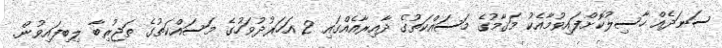
ސަނަދެއް ހާސިލުކޮށްފައިވުމާއެކު މަޤާމުގެ މަސައްކަތުގެ ދާއިރާއެއްގައި 2 އަހަރުދުވަހުގެ މަސައްކަތުގެ ތަޖުރިބާ ލިބިފައިވުން.